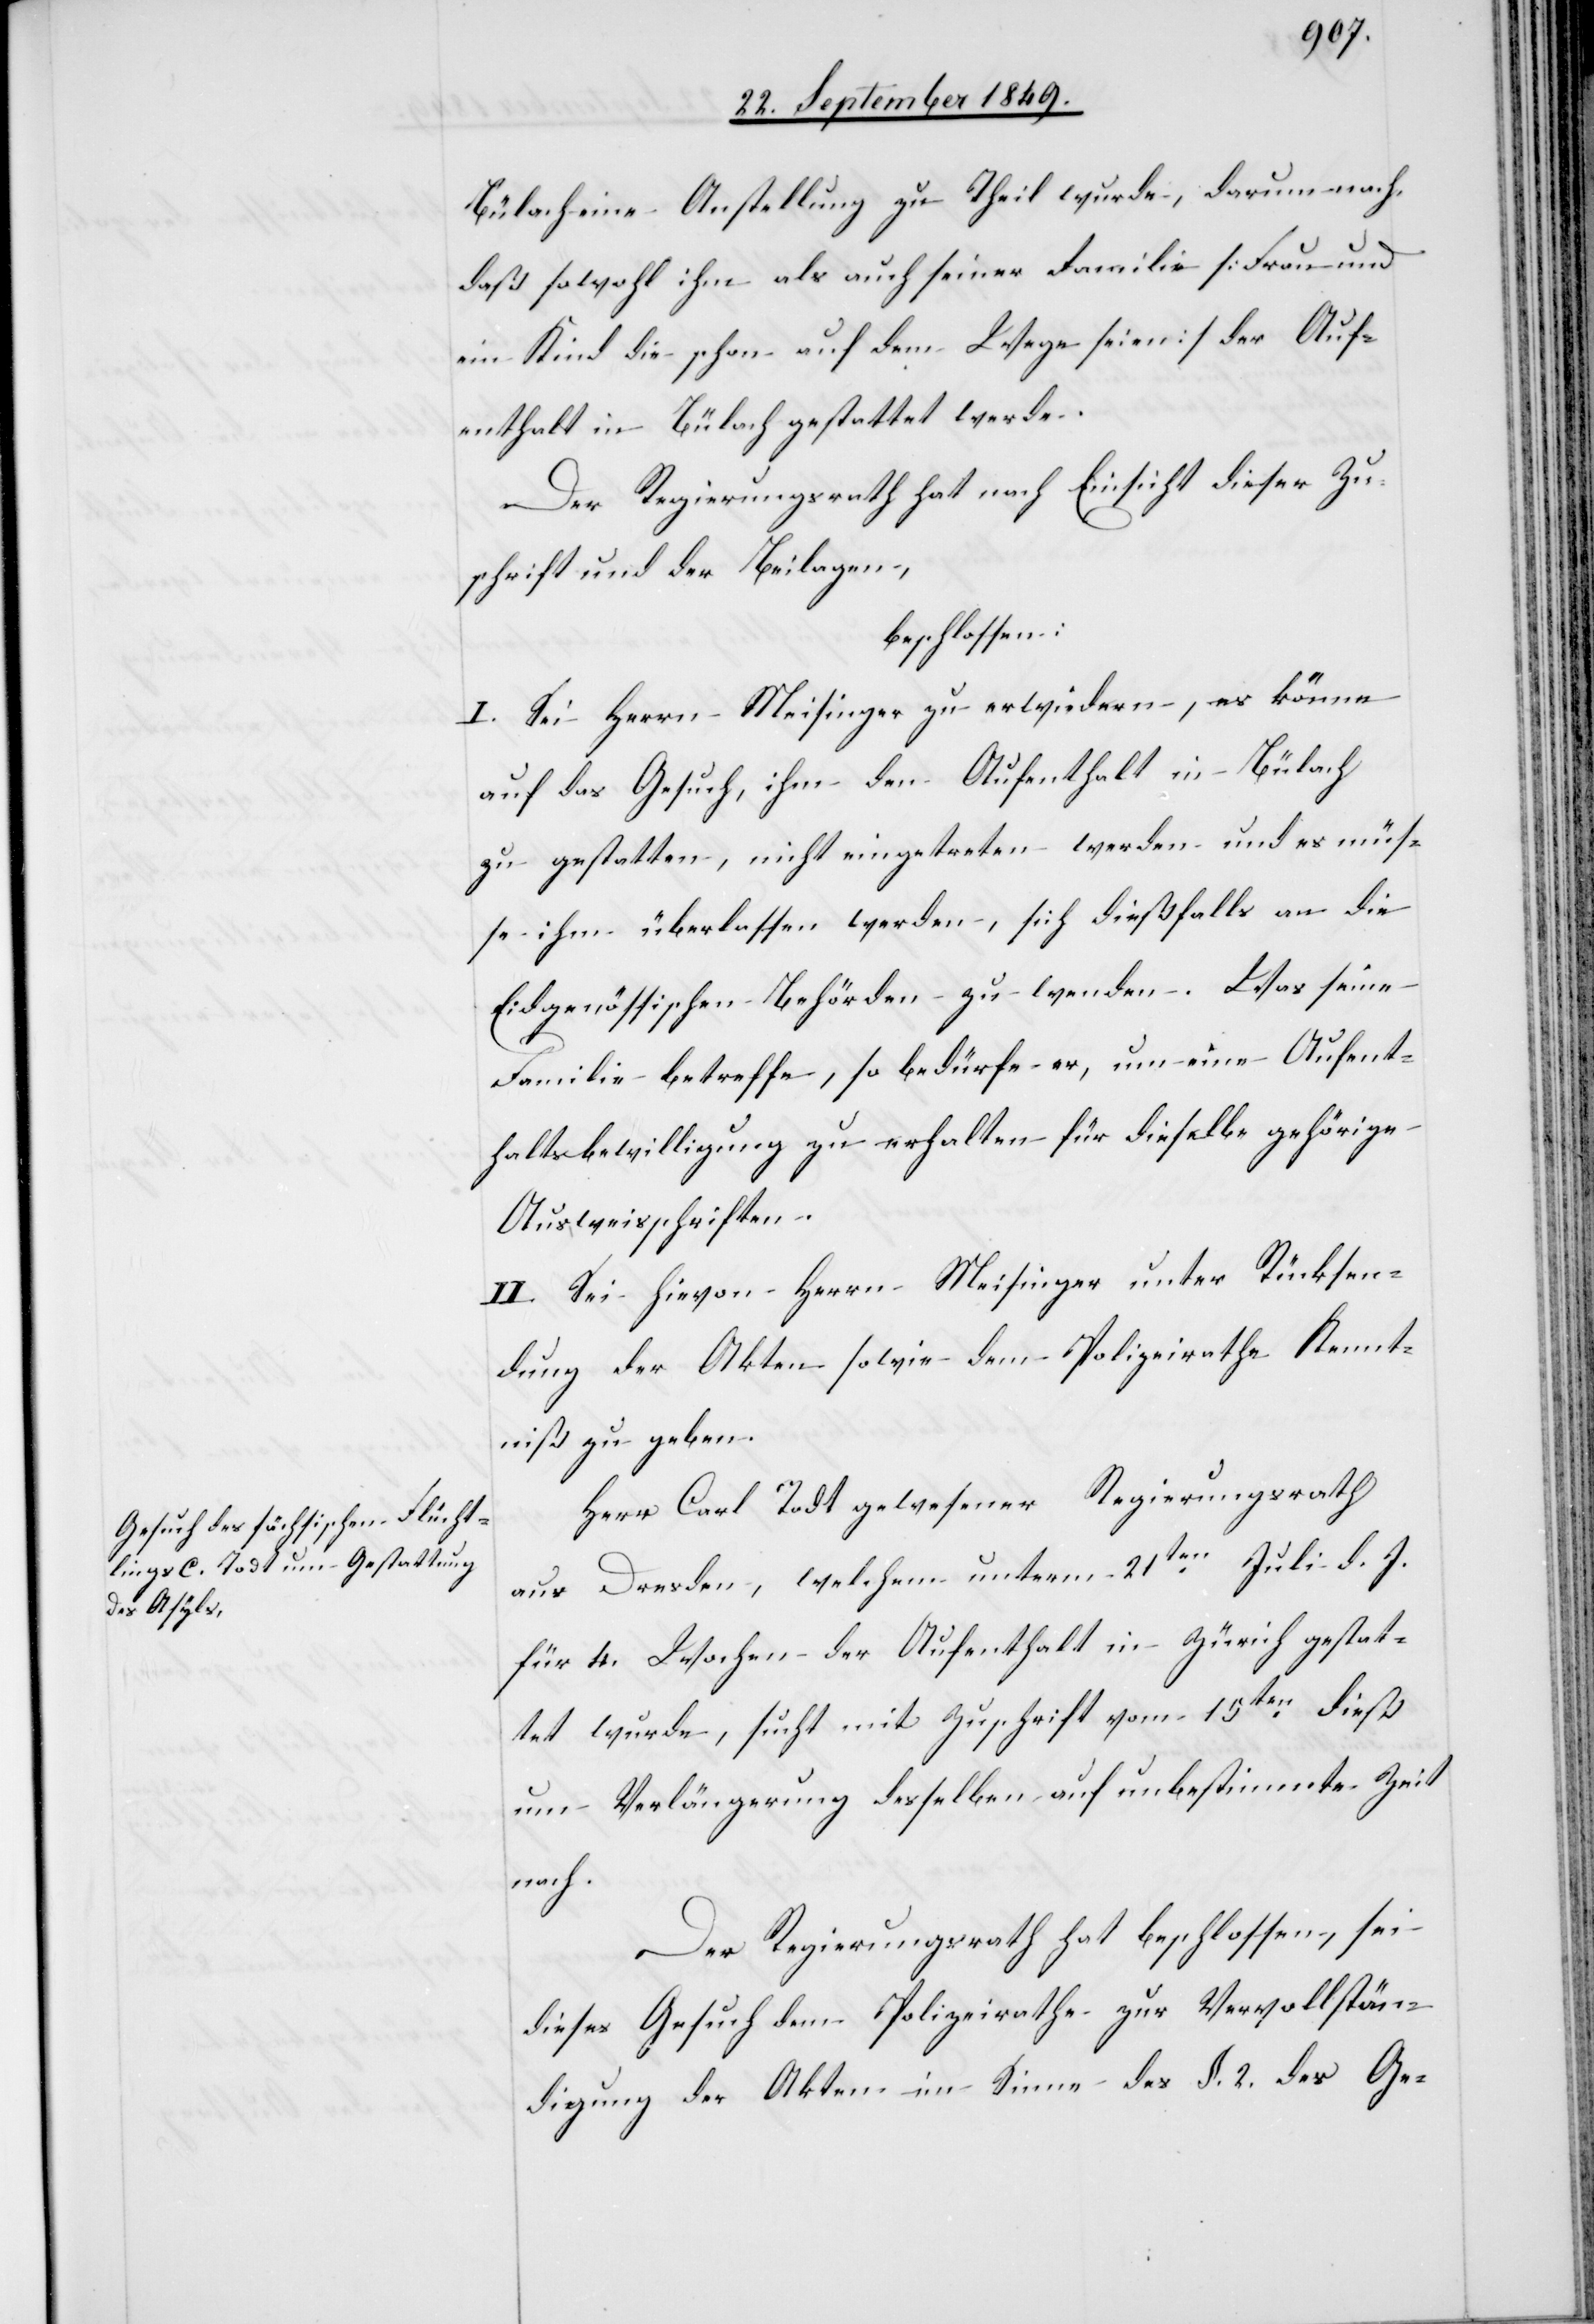
Bülach eine Anstellung zu Theil wurde, darum nach,
daß sowohl ihm als auch seiner Familie [Frau und
ein Kind die schon auf dem Wege seien] der Auf¬
enthalt in Bülach gestattet werde.
Der Regierungsrath hat nach Einsicht dieser Zu¬
schrift und der Beilagen,
beschlossen:
I. Sei Herrn Meisinger zu erwiedern, es könne
auf das Gesuch, ihm den Aufenthalt in Bülach
zu gestatten, nicht eingetreten werden und es müs¬
se ihm überlassen werden, sich dießfalls an die
Eidgenössischen Behörden zu wenden. Was seine
Familie betreffe, so bedürfe er, um eine Aufent¬
haltsbewilligung zu erhalten für dieselbe gehörige
Ausweisschriften.
II. Sei hievon Herrn Meisinger unter Rücksen¬
dung der Akten sowie dem Polizeirathe Kennt¬
niß zu geben.
Herr Carl Rodt [sic!] gewesener Regierungsrath
aus Dresden, welchem unterm 21ten Juli d. J.
für 4. Wochen der Aufenthalt in Zürich gestat¬
tet wurde, sucht mit Zuschrift vom 15ten dieß
um Verlängerung desselben auf unbestimmte Zeit
nach.
Der Regierungsrath hat beschlossen, sei
dieses Gesuch dem Polizeirathe zur Vervollstän¬
digung der Akten im Sinne des §. 2. des Ge-